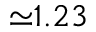
{ \simeq } 1 . 2 3